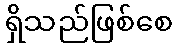
ရှိသည်ဖြစ်စေ